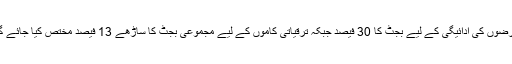
قرضوں کی ادائیگی کے لیے بجٹ کا 30 فیصد جبکہ ترقیاتی کاموں کے لیے مجموعی بجٹ کا ساڑھے 13 فیصد مختص کیا جائے گا۔